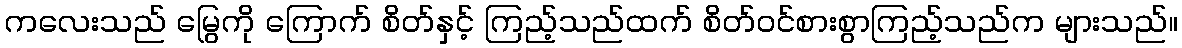
ကလေးသည် မြွေကို ကြောက် စိတ်နှင့် ကြည့်သည်ထက် စိတ်ဝင်စားစွာကြည့်သည်က များသည်။